画像に写った文字を読んでください
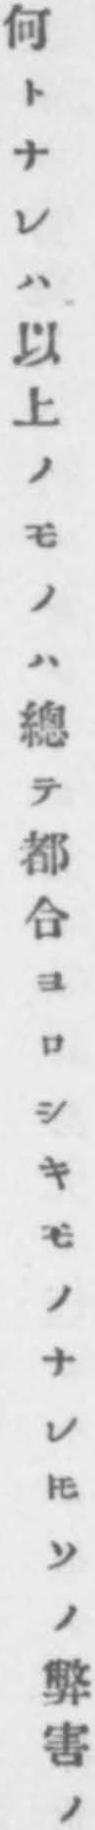
「何トナレハ以上ノモノハ總テ都合ヨロシキモノナレ𪜈ソノ弊害ノ」と書いてあります